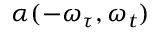
\alpha ( - \omega _ { \tau } , \omega _ { t } )